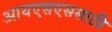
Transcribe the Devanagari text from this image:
आयएसएससाठी